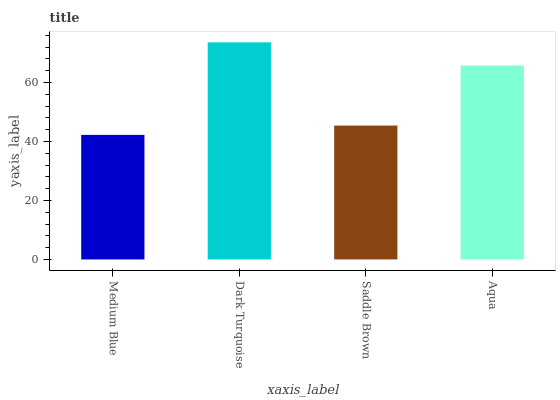
| xaxis_label | bars |
 | --- | --- |
 | Medium Blue | 42.2 |
 | Dark Turquoise | 73.6 |
 | Saddle Brown | 45.4 |
 | Aqua | 65.8 |